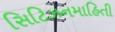
સિટિઝનમાહિતી